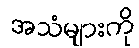
အသံများကို